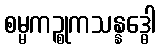
စမ္မကဉ္စုကသန္နဒ္ဓေါ